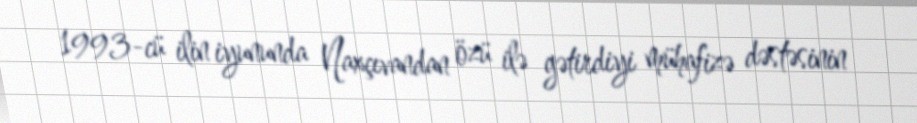
1993-cü ilin iyununda Naxçıvandan özü ilə gətirdiyi mühafizə dəstəsinin